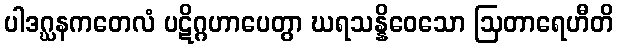
ပါဒဂ္ဃနကတေလံ ပဋိဂ္ဂဟာပေတွာ ဃရသန္နိဝေသော ဩတာရေဟီတိ